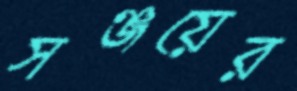
সঞ্জয়ের